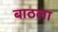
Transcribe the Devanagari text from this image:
बाठला